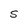
Character: S